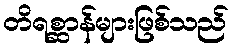
တိရစ္ဆာန်များဖြစ်သည်